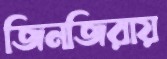
জিনজিরায়